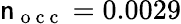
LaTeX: \mathsf{n}_{\mathrm{{~o~c~c~}}}=0.0029